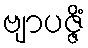
ဗျာပဇ္ဇိံ